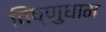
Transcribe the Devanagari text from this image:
विष्णुधाम